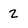
Character: 2